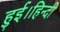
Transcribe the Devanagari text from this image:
हुई।हिन्दी